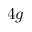
4 g